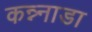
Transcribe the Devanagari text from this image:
कन्न्नाडा